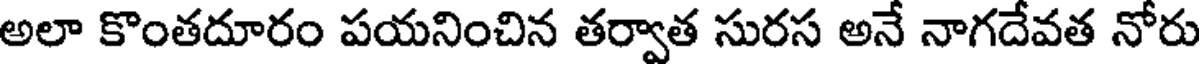
అలా కొంతదూరం పయనించిన తర్వాత సురస అనే నాగదేవత నోరు